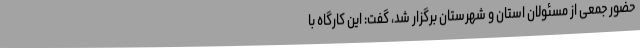
حضور جمعی از مسئولان استان و شهرستان برگزار شد، گفت: این کارگاه با